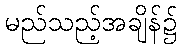
မည်သည့်အချိန်၌